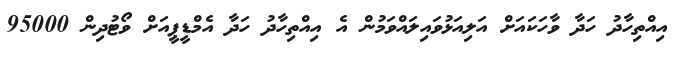
އިއްތިހާދު ހަދާ ވާހަކައަށް އަލިއަޅުވައިލައްވަމުން އެ އިއްތިހާދު ހަދާ އެމްޑީޕީއަށް ވޯޓުދިން 95000